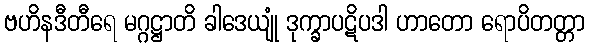
ဗဟိနဒီတီရေ မဂ္ဂဋ္ဌာတိ ခါဒေယျုံ ဒုက္ခာပဋိပဒါ ဟာတော ရောပိတတ္တာ